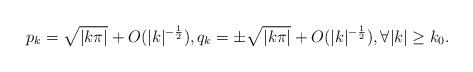
LaTeX: \begin{align*}p_k = \sqrt{|k\pi|} + O(|k|^{-\frac{1}{2}}) , q_k = \pm \sqrt{|k\pi|} + O(|k|^{-\frac{1}{2}}), \forall |k|\geq k_0.\end{align*}